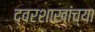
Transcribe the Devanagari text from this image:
द्वरशाखांच्या